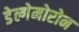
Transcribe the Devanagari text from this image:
डेल्गेमोरोन